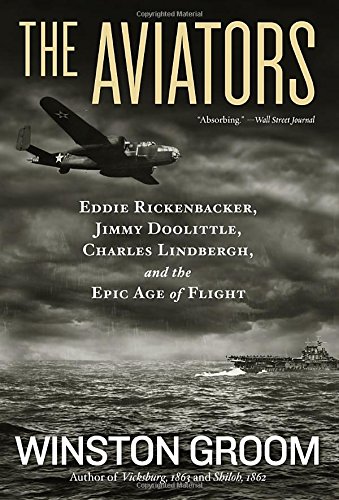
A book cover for The Aviators: Eddie Rickenbacker, Jimmy Doolittle, Charles Lindbergh, and the Epic Age of Flight; Winston Groom; Engineering & Transportation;